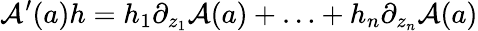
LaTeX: \mathcal{A}^{\prime}(a)h=h_{1}\partial_{z_{1}}\mathcal{A}(a)+\ldots+h_{n}\partial_{z_{n}}\mathcal{A}(a)